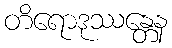
တိရောဒုဿန္တေန